Source: Handwritten
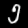
Digit: ၅ (5)